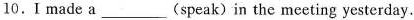
10. I made a___(speak) in the meeting yesterday.